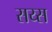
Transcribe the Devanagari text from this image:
सय्स